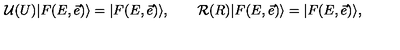
\mathcal U ( U ) | F ( E , \vec { e } ) \rangle = | F ( E , \vec { e } ) \rangle , \qquad \mathcal R ( R ) | F ( E , \vec { e } ) \rangle = | F ( E , \vec { e } ) \rangle ,